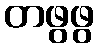
တဖွဖွ